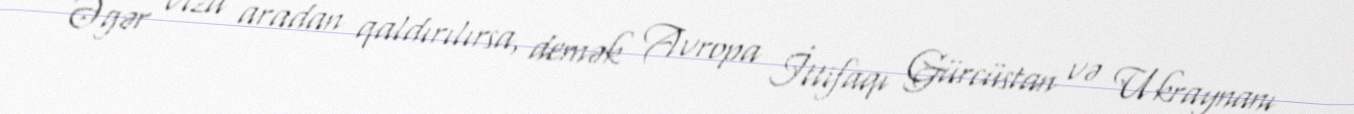
Əgər viza aradan qaldırılırsa, demək Avropa İttifaqı Gürcüstan və Ukraynanı